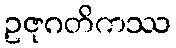
ဥဇုဂတိကဿ